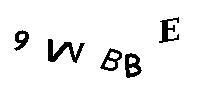
9VVBBE